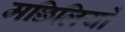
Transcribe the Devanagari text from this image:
मछिलियों